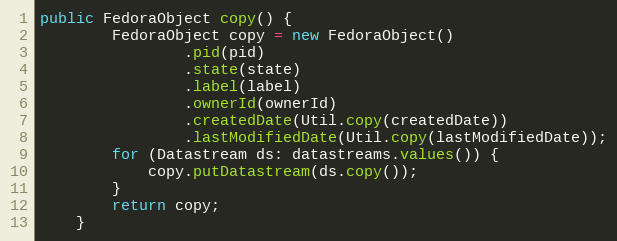
Language: Java
public FedoraObject copy() {
        FedoraObject copy = new FedoraObject()
                .pid(pid)
                .state(state)
                .label(label)
                .ownerId(ownerId)
                .createdDate(Util.copy(createdDate))
                .lastModifiedDate(Util.copy(lastModifiedDate));
        for (Datastream ds: datastreams.values()) {
            copy.putDatastream(ds.copy());
        }
        return copy;
    }